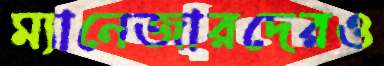
ম্যানেজারদেরও